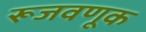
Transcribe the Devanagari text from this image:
रूजवणूक